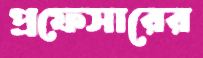
প্রফেসারের